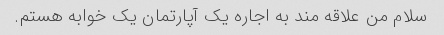
سلام من علاقه مند به اجاره یک آپارتمان یک خوابه هستم.